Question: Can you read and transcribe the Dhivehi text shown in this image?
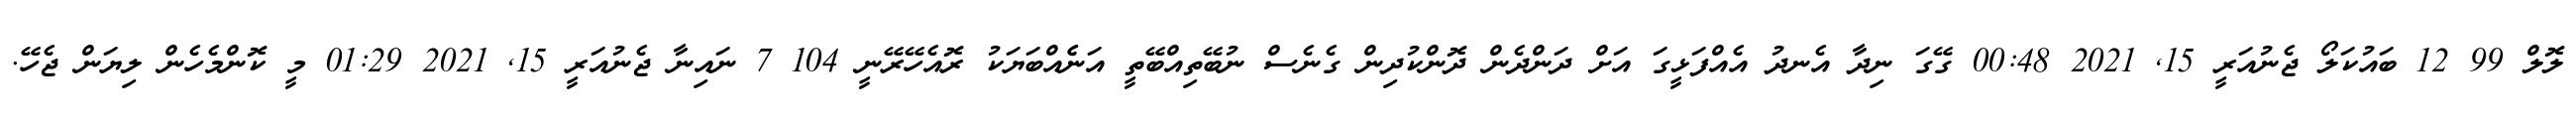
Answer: ލޮލް 99 12 ބައުކަލޯ ޖެނުއަރީ 15, 2021 00:48 ގޭގަ ނިދާ އެނދު އެއްފަޅީގަ އަށް ދަންދެން ދޮންކުދިން ގެނެސް ނުބޭތިއްބޭތީ އަނެެއްބަޔަކު ރޮއެހޭރޭނީ 104 7 ނައިނާ ޖެނުއަރީ 15, 2021 01:29 މީ ކޮންމެހެން ލިޔަން ޖެހޭ.